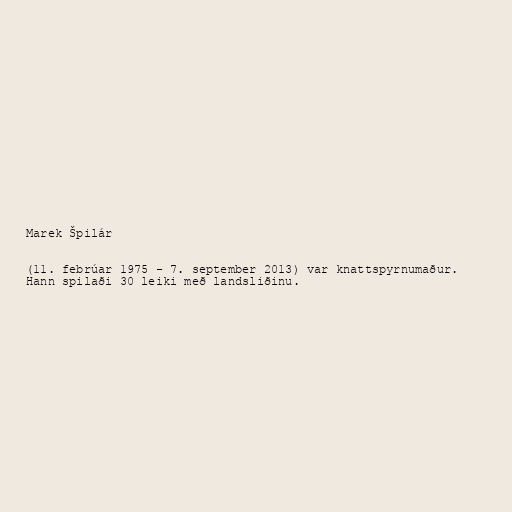
Marek Špilár

(11. febrúar 1975 - 7. september 2013) var knattspyrnumaður.
Hann spilaði 30 leiki með landsliðinu.